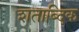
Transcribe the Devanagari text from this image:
शताब्दिक